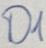
Text: D1